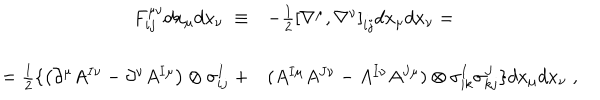
\begin{array} { r l } { { F _ { i j } ^ { \mu \nu } d x _ { \mu } d x _ { \nu } \; \equiv } } & { { - \frac { 1 } { 2 } \left[ \nabla ^ { \mu } , \nabla ^ { \nu } \right] _ { i j } d x _ { \mu } d x _ { \nu } = } } \\ { { = \frac { 1 } { 2 } \{ \left( \partial ^ { \mu } A ^ { I \nu } - \partial ^ { \nu } A ^ { I \mu } \right) \otimes \sigma _ { i j } ^ { I } \; + } } & { { ( A ^ { I \mu } A ^ { J \nu } - A ^ { I \nu } A ^ { J \mu } ) \otimes \sigma _ { i k } ^ { I } \sigma _ { k j } ^ { J } \} d x _ { \mu } d x _ { \nu } \; , } } \\ \end{array}